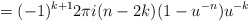
\begin{align*}=(-1)^{k+1} 2\pi i (n-2k) (1-u^{-n})u^{-k}\end{align*}